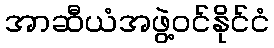
အာဆီယံအဖွဲ့ဝင်နိုင်ငံ